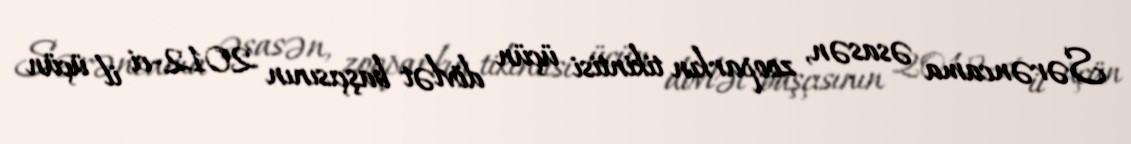
Sərəncama əsasən, zooparkın tikintisi üçün dövlət başçısının 2012-ci il üçün